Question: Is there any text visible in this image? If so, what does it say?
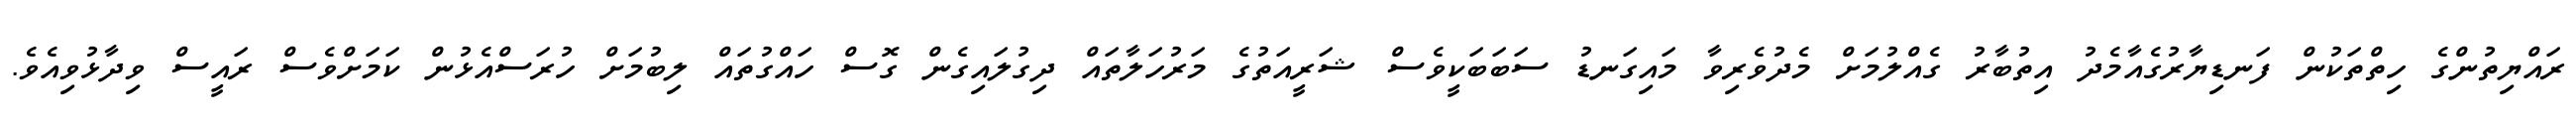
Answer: ރައްޔިތުންގެ ހިތްތަކުން ފަނޑިޔާރުގެއާމެދު އިތުބާރު ގެއްލުމަށް މެދުވެރިވާ މައިގަނޑު ސަބަބަކީވެސް ޝަރީއަތުގެ މަރުހަލާތައް ދިގުލައިގެން ގޮސް ހައްގުތައް ލިބުމަށް ހުރަސްއެޅުން ކަމަށްވެސް ރައީސް ވިދާޅުވިއެވެ.